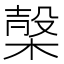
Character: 𣖫